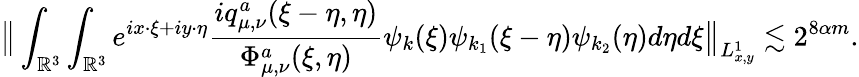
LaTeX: \big\| \int_{\mathbb{R}^{3}}\int_{\mathbb{R}^{3}}e^{ix\cdot\xi+iy\cdot\eta}\frac{iq_{\mu,\nu}^{a}(\xi-\eta,\eta)}{\Phi_{\mu,\nu}^{a}(\xi,\eta)}\psi_{k}(\xi)\psi_{k_{1}}(\xi-\eta)\psi_{k_{2}}(\eta)d\eta d\xi\big\| _{L_{x,y}^{1}}\lesssim 2^{8\alpha m}.